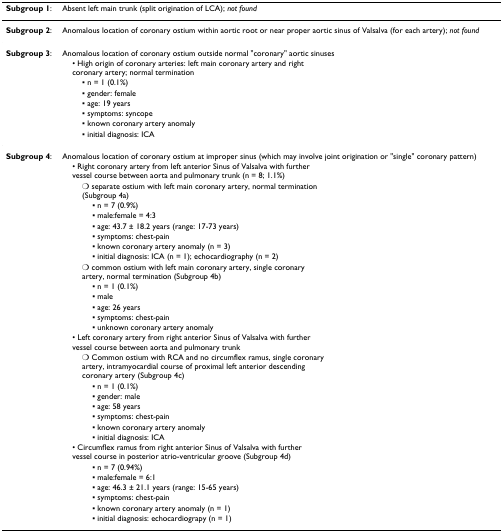
| Subgroup 1: | Absent left main trunk (split origination of LCA); not found |
 | --- | --- |
 | Subgroup 2: | Anomalous location of coronary ostium within aortic root or near proper aortic sinus of Valsalva (for each artery); not found |
 | Subgroup 3: | Anomalous location of coronary ostium outside normal "coronary" aortic sinuses |
 |  | • High origin of coronary arteries: left main coronary artery and right coronary artery; normal termination |
 |  | ▪ n = 1 (0.1%) |
 |  | ▪ gender: female |
 |  | ▪ age: 19 years |
 |  | ▪ symptoms: syncope |
 |  | ▪ known coronary artery anomaly |
 |  | ▪ initial diagnosis: ICA |
 | Subgroup 4: | Anomalous location of coronary ostium at improper sinus (which may involve joint origination or "single" coronary pattern) |
 |  | • Right coronary artery from left anterior Sinus of Valsalva with further vessel course between aorta and pulmonary trunk (n = 8; 1.1%) |
 |  | ○ separate ostium with left main coronary artery, normal termination(Subgroup 4a) |
 |  | ▪ n = 7 (0.9%) |
 |  | ▪ male:female = 4:3 |
 |  | ▪ age: 43.7 ± 18.2 years (range: 17-73 years) |
 |  | ▪ symptoms: chest-pain |
 |  | ▪ known coronary artery anomaly (n = 3) |
 |  | ▪ initial diagnosis: ICA (n = 1); echocardiography (n = 2) |
 |  | ○ common ostium with left main coronary artery, single coronaryartery, normal termination (Subgroup 4b) |
 |  | ▪ n = 1 (0.1%) |
 |  | ▪ male |
 |  | ▪ age: 26 years |
 |  | ▪ symptoms: chest-pain |
 |  | ▪ unknown coronary artery anomaly |
 |  | • Left coronary artery from right anterior Sinus of Valsalva with furthervessel course between aorta and pulmonary trunk |
 |  | ○ Common ostium with RCA and no circumflex ramus, single coronary artery, intramyocardial course of proximal left anterior descending coronary artery (Subgroup 4c) |
 |  | ▪ n = 1 (0.1%) |
 |  | ▪ gender: male |
 |  | ▪ age: 58 years |
 |  | ▪ symptoms: chest-pain |
 |  | ▪ known coronary artery anomaly |
 |  | ▪ initial diagnosis: ICA |
 |  | • Circumflex ramus from right anterior Sinus of Valsalva with further vessel course in posterior atrio-ventricular groove (Subgroup 4d) |
 |  | ▪ n = 7 (0.94%) |
 |  | ▪ male:female = 6:1 |
 |  | ▪ age: 46.3 ± 21.1 years (range: 15-65 years) |
 |  | ▪ symptoms: chest-pain |
 |  | ▪ known coronary artery anomaly (n = 1) |
 |  | ▪ initial diagnosis: echocardiograpy (n = 1) |